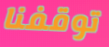
توقفنا